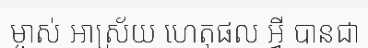
ម្ចាស់ អាស្រ័យ ហេតុផល អ្វី បានជា